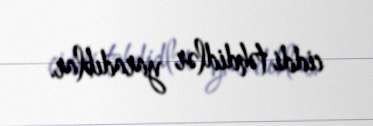
ciddi təhdidlər yaradıblar.